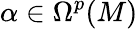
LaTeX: \alpha\in\Omega^{p}(M)